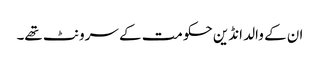
ان کے والد انڈین حکومت کے سرونٹ تھے۔